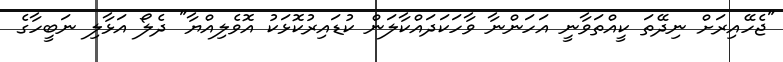
"ޖެހޭއިރަށް ނިދޭތަ ކީއްތަވާނީ އަހަންނާ ވާހަކަދައްކާލަން ކުޑައިރުކޮޅަކު އޮވެލިއްޔާ" ދެލޯ އަޅާލި ނަބީހާގެ